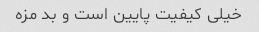
خیلی کیفیت پایین است و بد مزه